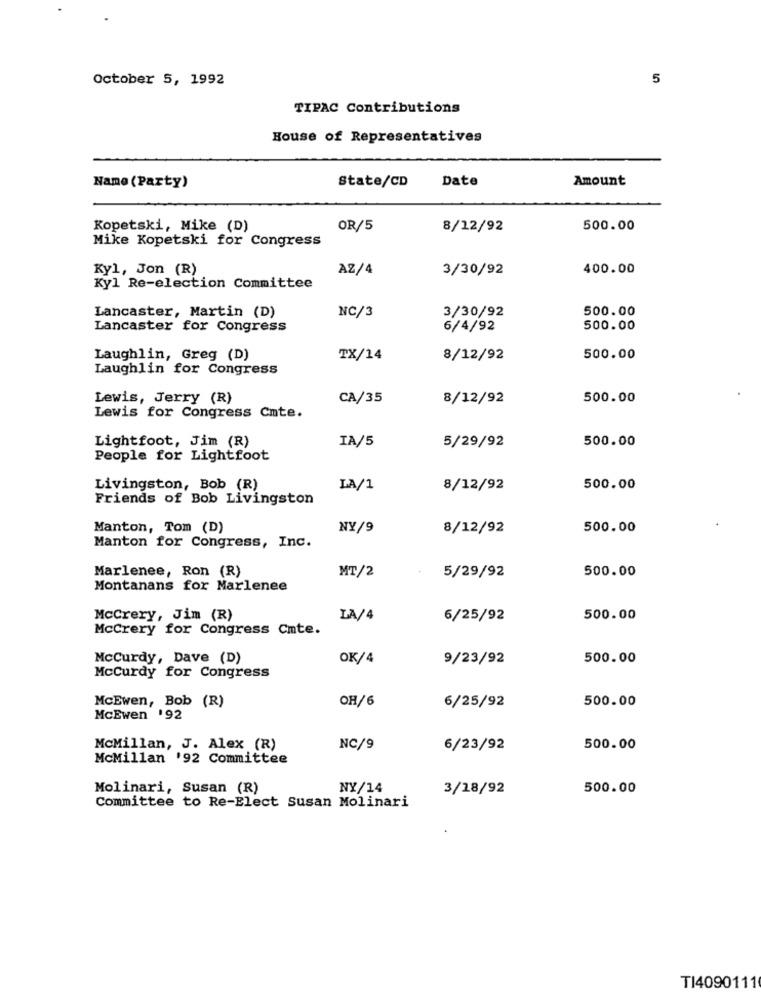
October 5, 1992
5
TIPAC Contributions
House of Representatives
State/CD
Date
Amount
Name (Party)
Kopetski, Mike (D)
OR/5
8/12/92
500.00
Mike Kopetski for Congress
Kyl, Jon (R)
AZ/4
3/30/92
400.00
Kyl Re-election Committee
Lancaster, Martin (D)
500.00
NC/3
3/30/92
Lancaster for Congress
6/4/92
500.00
Laughlin, Greg (D)
TX/14
8/12/92
500.00
Laughlin for Congress
Lewis, Jerry (R)
CA/35
8/12/92
500.00
Lewis for Congress Cute.
Lightfoot, Jim (R)
IA/5
5/29/92
500.00
People for Lightfoot
Livingston, Bob (R)
LA/1
8/12/92
500.00
Friends of Bob Livingston
Manton, Tom (D)
NY/9
8/12/92
500.00
Manton for Congress, Inc.
Marlenee, Ron (R)
MT/2
500.00
5/29/92
Montanans for Marlenee
McCrery, Jim (R)
LA/4
6/25/92
500.00
McCrery for Congress Cmte.
Mccurdy, Dave (D)
OK/4
9/23/92
500.00
Mccurdy for Congress
MCEwen, Bob (R)
OH/6
500.00
6/25/92
MCEwen 192
McMillan, J. Alex (R)
NC/9
6/23/92
500.00
McMillan '92 Committee
Molinari, Susan (R)
NY/14
3/18/92
500.00
Committee to Re-Elect Susan Molinari
TI4090111